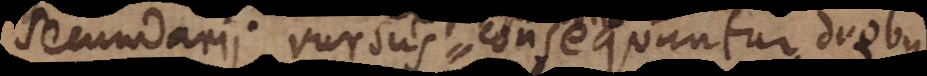
secundarii rursus consequuntur duobus